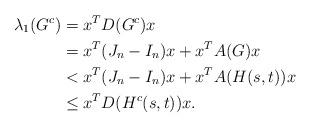
LaTeX: \begin{align*}\lambda_1(G^c) &=x^TD(G^c)x\\&=x^T( J_n-I_n ) x+x^TA( G ) x\\&<x^T( J_n-I_n ) x+x^TA( H(s,t) ) x\\&\le x^TD( H^c(s,t) ) x.\end{align*}